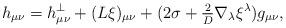
LaTeX: \begin{align*}h_{\mu \nu} = h^{\perp}_{\mu \nu} + (L \xi)_{\mu \nu} + (2 \sigma +{\textstyle {2 \over D}}\nabla_{\lambda} \xi^{\lambda})g_{\mu \nu},\end{align*}